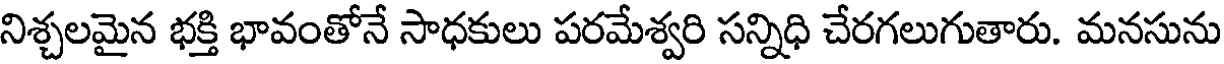
నిశ్చలమైన భక్తి భావంతోనే సాధకులు పరమేశ్వరి సన్నిధి చేరగలుగుతారు. మనసును